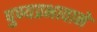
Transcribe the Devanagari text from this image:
पुण्यप्रभावाने